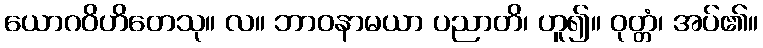
ယောဂဝိဟိတေသု။ လ။ ဘာဝနာမယာ ပညာတိ၊ ဟူ၍။ ဝုတ္တံ၊ အပ်၏။